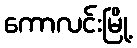
ကောလင်းမြို့